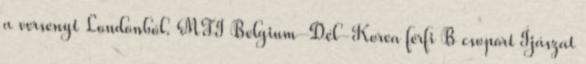
a versenyt Londonból. MTI Belgium–Dél-Korea férfi B csoport Íjászat